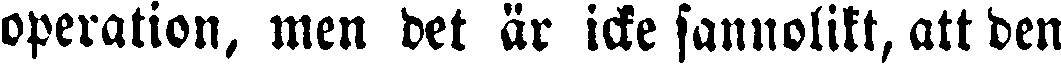
operation, men det är icke sannolikt, att den